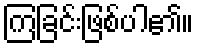
ကြခြင်းဖြစ်ပါ၏။